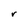
Character: r